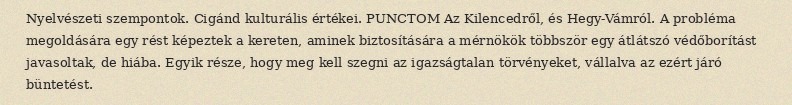
Nyelvészeti szempontok. Cigánd kulturális értékei. PUNCTOM Az Kilencedről, és Hegy-Vámról. A probléma megoldására egy rést képeztek a kereten, aminek biztosítására a mérnökök többször egy átlátszó védőborítást javasoltak, de hiába. Egyik része, hogy meg kell szegni az igazságtalan törvényeket, vállalva az ezért járó büntetést.